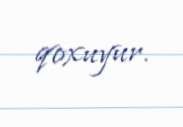
qoxuyur.